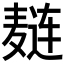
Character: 𲎑